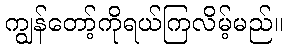
ကျွန်တော့်ကိုရယ်ကြလိမ့်မည်။